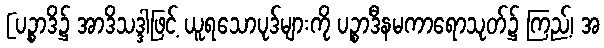
[ပဉ္စာဒိ၌ အာဒိသဒ္ဒါဖြင့် ယူရသောပုဒ်များကို ပဉ္စာဒီနမကာရောသုတ်၌ ကြည့်၊ အ